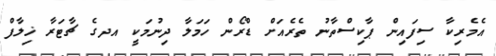
އެމެރިކާ ސިފައިން ޕާކިސްތާނު ތެރެއަށް ޑްރޯން ހަމަލާ ދިނުމަކީ އދގެ ޗާޓަރާ ޚިލާފް